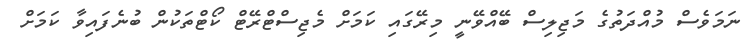
ނަމަވެސް މުއްދަތުގެ މަޖިލިސް ބޭއްވޭނީ މިރޭގައި ކަމަށް މެޖިސްޓްރޭޓް ކޯޓްތަކުން ބުނެފައިވާ ކަމަށް